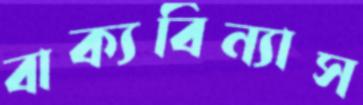
বাক্যবিন্যাস